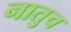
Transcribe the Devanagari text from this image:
नातुच